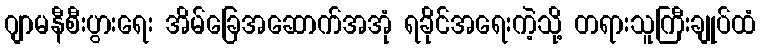
ဂျာမနီစီးပွားရေး အိမ်ခြေအဆောက်အအုံ ရခိုင်အရေးကဲ့သို့ တရားသူကြီးချုပ်ထံ